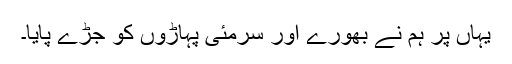
یہاں پر ہم نے بھورے اور سرمئی پہاڑوں کو جڑے پایا۔